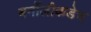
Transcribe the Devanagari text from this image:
बर्नोलीकडेच